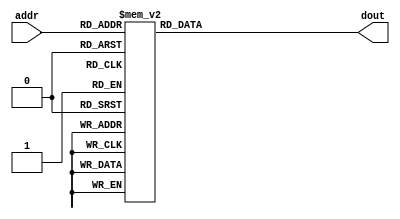
module ht_ltf_rom
(
  input      [6:0]  addr,
  output reg [31:0] dout  
);

  always @ *
    case (addr)
              0:   dout = 32'h08000400;
              1:   dout = 32'h0F430285;
              2:   dout = 32'hFD1FEC0B;
              3:   dout = 32'h0782FE9C;
              4:   dout = 32'h03220D06;
              5:   dout = 32'hEE7DFF47;
              6:   dout = 32'h00201579;
              7:   dout = 32'h06D4FA1F;
              8:   dout = 32'h0C7C0624;
              9:   dout = 32'hFB180DF6;
             10:   dout = 32'hF1430374;
             11:   dout = 32'h07A81176;
             12:   dout = 32'h02B4F4BC;
             13:   dout = 32'h0C65FD14;
             14:   dout = 32'h05170813;
             15:   dout = 32'hFF5812D1;
             16:   dout = 32'h14000000;
             17:   dout = 32'hFF58ED2F;
             18:   dout = 32'h0517F7ED;
             19:   dout = 32'h0C6502EC;
             20:   dout = 32'h02B40B44;
             21:   dout = 32'h07A8EE8A;
             22:   dout = 32'hF143FC8C;
             23:   dout = 32'hFB18F20A;
             24:   dout = 32'h0C7CF9DC;
             25:   dout = 32'h06D405E1;
             26:   dout = 32'h0020EA87;
             27:   dout = 32'hEE7D00B9;
             28:   dout = 32'h0322F2FA;
             29:   dout = 32'h07820164;
             30:   dout = 32'hFD1F13F5;
             31:   dout = 32'h0F43FD7B;
             32:   dout = 32'h0800FC00;
             33:   dout = 32'h04BA0788;
             34:   dout = 32'hF8AD0A15;
             35:   dout = 32'hEF330443;
             36:   dout = 32'h0A860E4A;
             37:   dout = 32'h08E70134;
             38:   dout = 32'hF848094F;
             39:   dout = 32'hF8C6FF82;
             40:   dout = 32'hFB84E9DC;
             41:   dout = 32'hF0660092;
             42:   dout = 32'hEFB4FB54;
             43:   dout = 32'h099CF7AE;
             44:   dout = 32'hFFA40694;
             45:   dout = 32'hF43D0E74;
             46:   dout = 32'h0BBD0E0D;
             47:   dout = 32'h01930C23;
             48:   dout = 32'hEC000000;
             49:   dout = 32'h0193F3DD;
             50:   dout = 32'h0BBDF1F3;
             51:   dout = 32'hF43DF18C;
             52:   dout = 32'hFFA4F96C;
             53:   dout = 32'h099C0852;
             54:   dout = 32'hEFB404AC;
             55:   dout = 32'hF066FF6E;
             56:   dout = 32'hFB841624;
             57:   dout = 32'hF8C6007E;
             58:   dout = 32'hF848F6B1;
             59:   dout = 32'h08E7FECC;
             60:   dout = 32'h0A86F1B6;
             61:   dout = 32'hEF33FBBD;
             62:   dout = 32'hF8ADF5EB;
             63:   dout = 32'h04BAF878;
             64:   dout = 32'h08000400;
             65:   dout = 32'h0F430285;
             66:   dout = 32'hFD1FEC0B;
             67:   dout = 32'h0782FE9C;
             68:   dout = 32'h03220D06;
             69:   dout = 32'hEE7DFF47;
             70:   dout = 32'h00201579;
             71:   dout = 32'h06D4FA1F;
             72:   dout = 32'h0C7C0624;
             73:   dout = 32'hFB180DF6;
             74:   dout = 32'hF1430374;
             75:   dout = 32'h07A81176;
             76:   dout = 32'h02B4F4BC;
             77:   dout = 32'h0C65FD14;
             78:   dout = 32'h05170813;
             79:   dout = 32'hFF5812D1;

          default: dout = 32'h00000000;
    endcase

endmodule